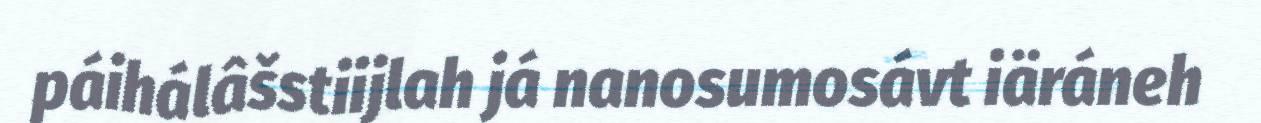
páihálâšstiijlah já nanosumosávt iäráneh